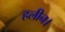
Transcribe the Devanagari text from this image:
हलीन।